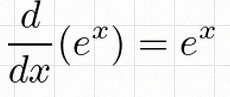
\frac{d}{dx}(e^x)=e^x